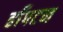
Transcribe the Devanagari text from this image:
हाँपटन